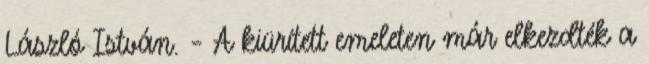
László István. – A kiürített emeleten már elkezdték a